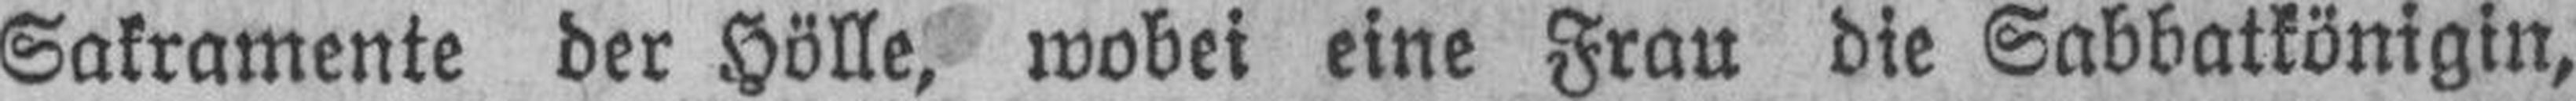
Sakramente der Hölle, wobei eine Frau die Sabbatkönigin,